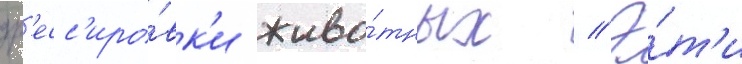
др'есс'иро́вк'и живо́тных // Э́т'и